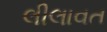
લીલાવત